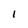
Character: I